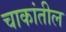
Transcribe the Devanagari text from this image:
चाकांतील